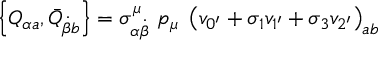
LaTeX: \left\{ Q _ { \alpha a } , \bar { Q } _ { \dot { \beta } b } \right\} = \sigma _ { \alpha \dot { \beta } } ^ { \mu } \, \, p _ { \mu } \, \, \left( v _ { 0 ^ { \prime } } + \sigma _ { 1 } v _ { 1 ^ { \prime } } + \sigma _ { 3 } v _ { 2 ^ { \prime } } \right) _ { a b }